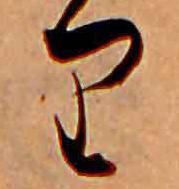
り